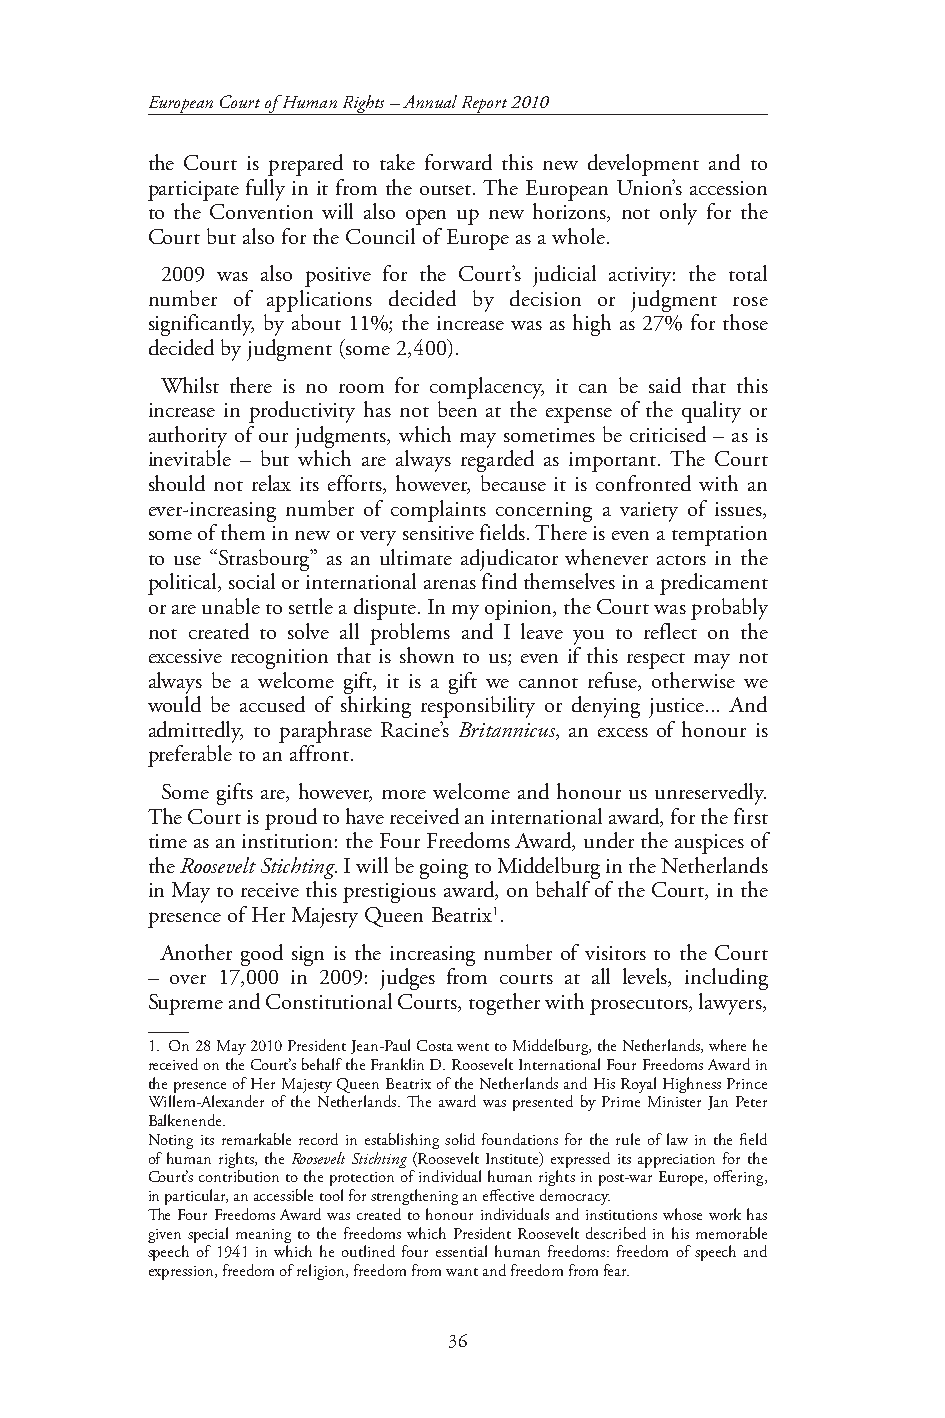
European Court of Human Rights – Annual Report 2010
 the Court is prepared to take forward this new development and to
 participate fully in it from the outset. The European Union’s accession
 to the Convention will also open up new horizons, not only for the
 Court but also for the Council of Europe as a whole.
 2009 was also positive for the Court’s judicial activity: the total
 number of applications decided by decision or judgment rose
 significantly, by about 11%; the increase was as high as 27% for those
 decided by judgment (some 2,400).
 Whilst there is no room for complacency, it can be said that this
 increase in productivity has not been at the expense of the quality or
 authority of our judgments, which may sometimes be criticised – as is
 inevitable – but which are always regarded as important. The Court
 should not relax its efforts, however, because it is confronted with an
 ever-increasing number of complaints concerning a variety of issues,
 some of them in new or very sensitive fields. There is even a temptation
 to use “Strasbourg” as an ultimate adjudicator whenever actors in the
 political, social or international arenas find themselves in a predicament
 or are unable to settle a dispute. In my opinion, the Court was probably
 not created to solve all problems and I leave you to reflect on the
 excessive recognition that is shown to us; even if this respect may not
 always be a welcome gift, it is a gift we cannot refuse, otherwise we
 would be accused of shirking responsibility or denying justice... And
 admittedly, to paraphrase Racine’s Britannicus, an excess of honour is
 preferable to an affront.
 Some gifts are, however, more welcome and honour us unreservedly.
 The Court is proud to have received an international award, for the first
 time as an institution: the Four Freedoms Award, under the auspices of
 the Roosevelt Stichting. I will be going to Middelburg in the Netherlands
 in May to receive this prestigious award, on behalf of the Court, in the
 presence of Her Majesty Queen Beatrix1.
 Another good sign is the increasing number of visitors to the Court
 – over 17,000 in 2009: judges from courts at all levels, including
 Supreme and Constitutional Courts, together with prosecutors, lawyers,
 1. On 28 May 2010 President Jean-Paul Costa went to Middelburg, the Netherlands, where he
 received on the Court’s behalf the Franklin D. Roosevelt International Four Freedoms Award in
 the presence of Her Majesty Queen Beatrix of the Netherlands and His Royal Highness Prince
 Willem-Alexander of the Netherlands. The award was presented by Prime Minister Jan Peter
 Balkenende.
 Noting its remarkable record in establishing solid foundations for the rule of law in the field
 of human rights, the Roosevelt Stichting (Roosevelt Institute) expressed its appreciation for the
 Court’s contribution to the protection of individual human rights in post-war Europe, offering,
 in particular, an accessible tool for strengthening an effective democracy.
 The Four Freedoms Award was created to honour individuals and institutions whose work has
 given special meaning to the freedoms which President Roosevelt described in his memorable
 speech of 1941 in which he outlined four essential human freedoms: freedom of speech and
 expression, freedom of religion, freedom from want and freedom from fear.
 36